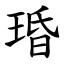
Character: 琘